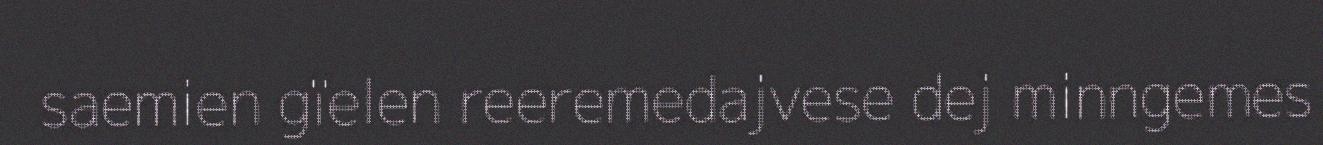
saemien gïelen reeremedajvese dej minngemes